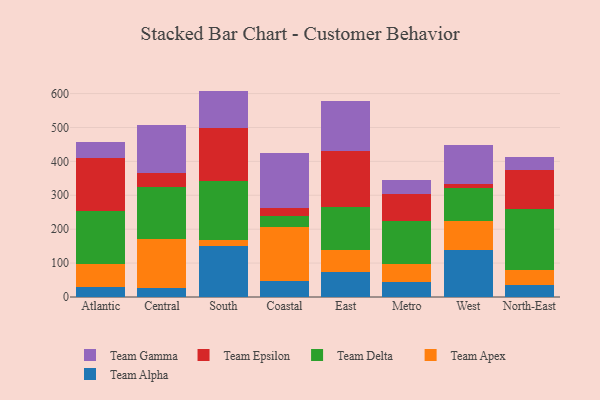
{"axis": {"x": "Region", "y": "LTV (USD)"}, "legend": ["Team Alpha", "Team Apex", "Team Delta", "Team Epsilon", "Team Gamma"], "data": [{"x": "Atlantic", "y": 28.2, "type": "Team Alpha"}, {"x": "Atlantic", "y": 68.5, "type": "Team Apex"}, {"x": "Atlantic", "y": 157.5, "type": "Team Delta"}, {"x": "Atlantic", "y": 156.9, "type": "Team Epsilon"}, {"x": "Atlantic", "y": 46.5, "type": "Team Gamma"}, {"x": "Central", "y": 27.6, "type": "Team Alpha"}, {"x": "Central", "y": 142.6, "type": "Team Apex"}, {"x": "Central", "y": 154.9, "type": "Team Delta"}, {"x": "Central", "y": 41.6, "type": "Team Epsilon"}, {"x": "Central", "y": 141.5, "type": "Team Gamma"}, {"x": "South", "y": 149.4, "type": "Team Alpha"}, {"x": "South", "y": 20.0, "type": "Team Apex"}, {"x": "South", "y": 174.1, "type": "Team Delta"}, {"x": "South", "y": 154.6, "type": "Team Epsilon"}, {"x": "South", "y": 109.9, "type": "Team Gamma"}, {"x": "Coastal", "y": 48.0, "type": "Team Alpha"}, {"x": "Coastal", "y": 158.0, "type": "Team Apex"}, {"x": "Coastal", "y": 31.5, "type": "Team Delta"}, {"x": "Coastal", "y": 26.3, "type": "Team Epsilon"}, {"x": "Coastal", "y": 161.1, "type": "Team Gamma"}, {"x": "East", "y": 74.4, "type": "Team Alpha"}, {"x": "East", "y": 63.9, "type": "Team Apex"}, {"x": "East", "y": 127.6, "type": "Team Delta"}, {"x": "East", "y": 163.3, "type": "Team Epsilon"}, {"x": "East", "y": 147.5, "type": "Team Gamma"}, {"x": "Metro", "y": 45.1, "type": "Team Alpha"}, {"x": "Metro", "y": 52.3, "type": "Team Apex"}, {"x": "Metro", "y": 128.0, "type": "Team Delta"}, {"x": "Metro", "y": 77.9, "type": "Team Epsilon"}, {"x": "Metro", "y": 43.1, "type": "Team Gamma"}, {"x": "West", "y": 137.8, "type": "Team Alpha"}, {"x": "West", "y": 86.0, "type": "Team Apex"}, {"x": "West", "y": 97.4, "type": "Team Delta"}, {"x": "West", "y": 11.6, "type": "Team Epsilon"}, {"x": "West", "y": 114.5, "type": "Team Gamma"}, {"x": "North-East", "y": 35.0, "type": "Team Alpha"}, {"x": "North-East", "y": 46.1, "type": "Team Apex"}, {"x": "North-East", "y": 178.4, "type": "Team Delta"}, {"x": "North-East", "y": 115.9, "type": "Team Epsilon"}, {"x": "North-East", "y": 38.3, "type": "Team Gamma"}]}